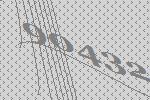
90432